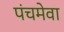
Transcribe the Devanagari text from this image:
पंचमेवा